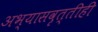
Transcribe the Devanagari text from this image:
अभ्यासवृत्तीही